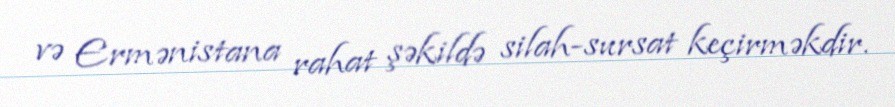
və Ermənistana rahat şəkildə silah-sursat keçirməkdir.